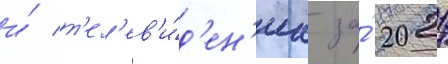
и́ т'ел'ев'и́д'ен'иа за́ 2021